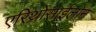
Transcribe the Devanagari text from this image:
एरिथ्रोसाईलोन